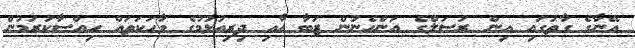
އޭނާގެ ގާތުގައި އިން ރަސަލްގެ އަންހެނުން ޒަބާ އާއި ދިރިއުޅުމުގެ ވާހަކަތައް ހިއްސާކުރަމުން